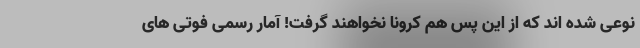
نوعی شده اند که از این پس هم کرونا نخواهند گرفت! آمار رسمی فوتی های